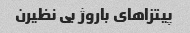
پیتزاهاى باروژ بى نظیرن